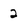
Character: 2